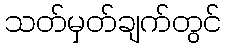
သတ်မှတ်ချက်တွင်